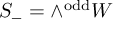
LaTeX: S _ { - } = \wedge ^ { \mathrm { o d d } } W